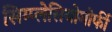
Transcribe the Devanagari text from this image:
सिम्प्लेसियोमोर्फी